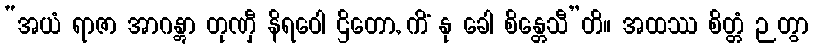
“အယံ ရာဇာ အာဂန္တွာ တုဏှီ နိရဝေါ ဌိတော, ကိံ နု ခေါ စိန္တေသီ”တိ။ အထဿ စိတ္တံ ဉတွာ